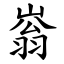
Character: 嵡